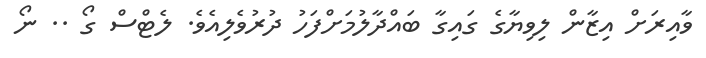
ވާއިރަށް އިޒާން ލިވިޔާގެ ގައިގާ ބައްދާލުމަށްފަހު ދުރުވެލިއެވެ. ލެޓްސް ގޯ .. ނޯ